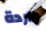
واردة